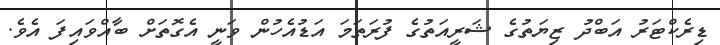
ޑިރެކްޓަރު އަބްދު ޒިޔަތުގެ ޝަރީއަތުގެ ފުރަތަމަ އަޑުއެހުން ވަނީ އެގޮތަށް ބާއްވައިފަ އެވެ.